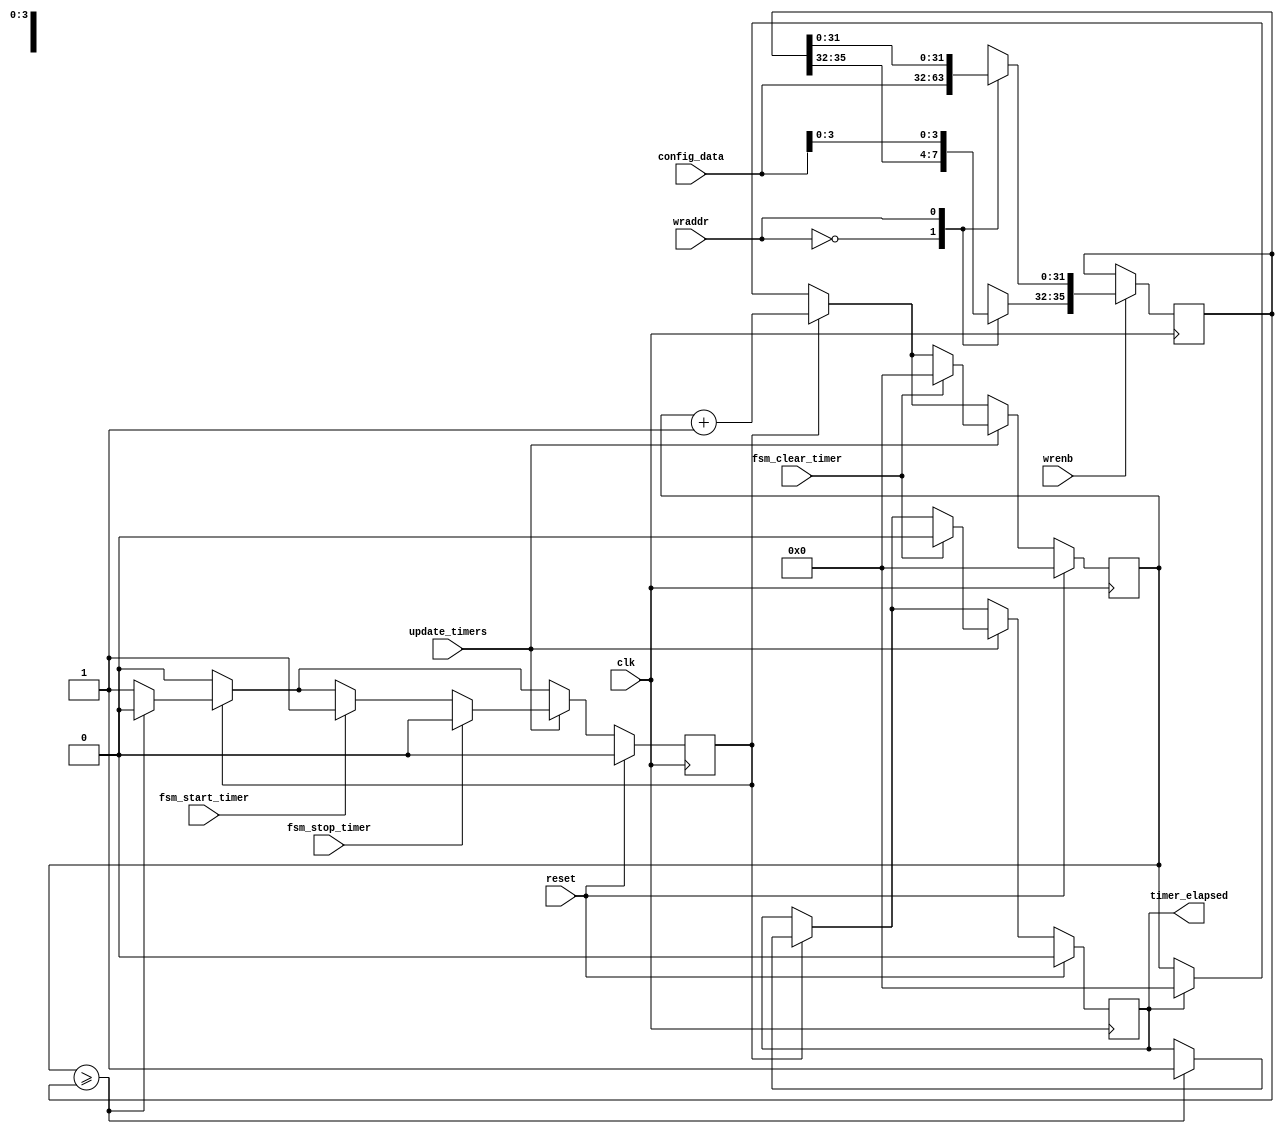
//--------------------------------------------------------------------------------
//
// timer.v
// Copyright (C) 2011 Ian Davis
// 
// This program is free software; you can redistribute it and/or modify
// it under the terms of the GNU General Public License as published by
// the Free Software Foundation; either version 2 of the License, or (at
// your option) any later version.
//
// This program is distributed in the hope that it will be useful, but
// WITHOUT ANY WARRANTY; without even the implied warranty of
// MERCHANTABILITY or FITNESS FOR A PARTICULAR PURPOSE. See the GNU
// General Public License for more details.
//
// You should have received a copy of the GNU General Public License along
// with this program; if not, write to the Free Software Foundation, Inc.,
// 51 Franklin St, Fifth Floor, Boston, MA 02110, USA
//
//--------------------------------------------------------------------------------
//
// Details: 
//   http://www.dangerousprototypes.com/ols
//   http://www.gadgetfactory.net/gf/project/butterflylogic
//   http://www.mygizmos.org/ols
//
// 36-bit timer for advanced triggers.   Gives range from 10ns to ~670 seconds.
//
//--------------------------------------------------------------------------------

`timescale 1ns/100ps

module timer (
  clk, reset, wrenb, wraddr, config_data, 
  update_timers, fsm_start_timer, fsm_clear_timer, fsm_stop_timer,
  timer_elapsed);
input clk, reset;
input wrenb, wraddr;
input [31:0] config_data;
input update_timers;
input fsm_start_timer, fsm_clear_timer, fsm_stop_timer;
output timer_elapsed;

reg [35:0] timer, next_timer;
reg [35:0] timer_limit, next_timer_limit; // 10ns to 687 seconds
reg timer_active, next_timer_active;
reg timer_elapsed, next_timer_elapsed;

//
// 10ns resolution timer's...
//
initial 
begin 
  timer = 36'h0;
  timer_active = 1'b0;
  timer_elapsed = 1'b0;
  timer_limit = 36'h0;
end

always @ (posedge clk)
begin
  timer = next_timer;
  timer_active = next_timer_active;
  timer_elapsed = next_timer_elapsed;
  timer_limit = next_timer_limit;
end

always @*
begin
  next_timer = (timer_elapsed) ? 36'h0 : timer;
  next_timer_active = timer_active;
  next_timer_elapsed = timer_elapsed;
  next_timer_limit = timer_limit;

  if (timer_active) 
    begin
      next_timer = timer+1'b1;
      if (timer >= timer_limit) 
	begin
	  next_timer_elapsed = 1'b1;
	  next_timer_active = 1'b0;
	end
    end

  if (update_timers) 
    begin
      if (fsm_start_timer) next_timer_active=1'b1;
      if (fsm_clear_timer) begin next_timer=0; next_timer_elapsed=1'b0; end
      if (fsm_stop_timer) next_timer_active=1'b0;
    end

  if (wrenb)
    case (wraddr)
      1'b0 : next_timer_limit[31:0] = config_data;
      1'b1 : next_timer_limit[35:32] = config_data[3:0];
    endcase

  if (reset)
    begin
      next_timer = 0;
      next_timer_active = 0;
      next_timer_elapsed = 0;
    end
end

endmodule